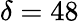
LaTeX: \delta=48